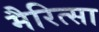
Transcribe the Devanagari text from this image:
मैरित्सा